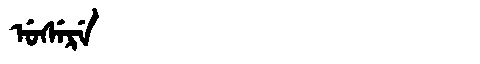
Manchu: ᡠᠰᡝᡵᡝ
Romanization: USERE